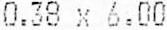
0.38 X 6.00